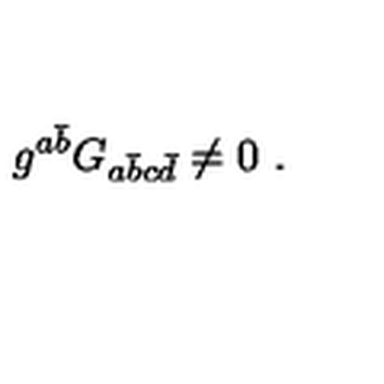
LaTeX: g ^ { a { \bar { b } } } G _ { a { \bar { b } } c { \bar { d } } } \ne 0 \ .